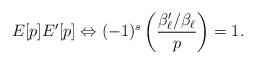
LaTeX: \begin{align*} E[p] E'[p] \Leftrightarrow (-1)^s \left (\frac{\beta_\ell' / \beta_\ell}{p} \right) = 1.\end{align*}